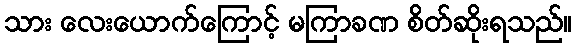
သား လေးယောက်ကြောင့် မကြာခဏ စိတ်ဆိုးရသည်။